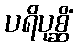
ပရိပုစ္ဆိံ